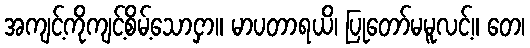
အကျင့်ကိုကျင့်စိမ့်သောငှာ။ မာပတာရယိ၊ ပြုတော်မမူလင့်။ တေ၊